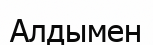
Алдымен